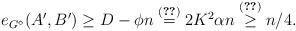
LaTeX: \begin{align*}e_{G^{\diamond}}(A',B') \ge D - \phi n \stackrel{(\ref{alpha})}{=} 2 K^2 \alpha n \stackrel{(\ref{alphahier})}{\ge } n/4.\end{align*}